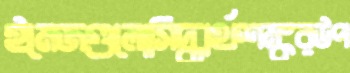
ইমেজগুলোসিদ্ধার্থশঙ্করউপ